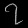
Digit: ၇